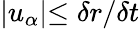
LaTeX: \lvert u_{\alpha}\lvert\leq\delta r/\delta t